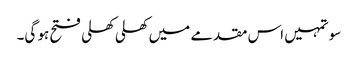
سو تمہیں اس مقدمے میں کھلی کھلی فتح ہو گی۔